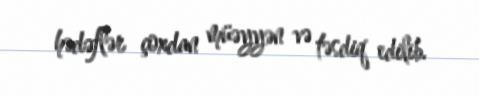
hədəflər çoxdan müəyyən və təsdiq edilib.